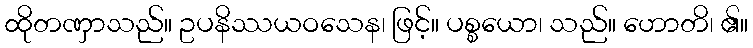
ထိုတဏှာသည်။ ဥပနိဿယဝသေန၊ ဖြင့်။ ပစ္စယော၊ သည်။ ဟောတိ၊ ၏။